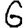
Digit: 6